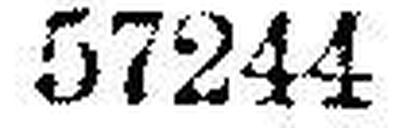
57244